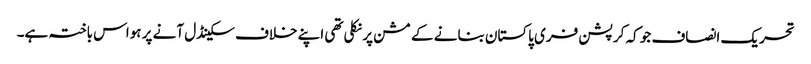
تحریک انصاف جو کہ کرپشن فری پاکستان بنانے کے مشن پر نکلی تھی اپنے خلاف سکینڈل آنے پر ہواس باختہ ہے۔